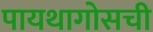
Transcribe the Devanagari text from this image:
पायथागोसची